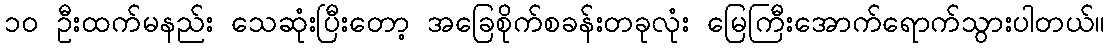
၁၀ ဦးထက်မနည်း သေဆုံးပြီးတော့ အခြေစိုက်စခန်းတခုလုံး မြေကြီးအောက်ရောက်သွားပါတယ်။